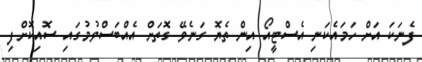
ފެނަކަ އަށް ހަމައެކަނި އެސްޓީއޯ އިން ތެޔޮ ގަނެވޭ ގޮތަށް އެއްބަސްވުމުގައި ސޮއިކޮށްފި